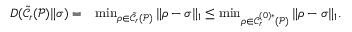
\begin{array} { r l } { D ( \tilde { \mathcal { C } _ { r } } ( \mathcal { P } ) \| \sigma ) = } & { \operatorname* { m i n } _ { \rho \in \tilde { \mathcal { C } _ { r } } ( \mathcal { P } ) } \| \rho - \sigma \| _ { 1 } \le \operatorname* { m i n } _ { \rho \in \mathcal { C } _ { r } ^ { ( 0 ) \ast } ( \mathcal { P } ) } \| \rho - \sigma \| _ { 1 } . } \end{array}